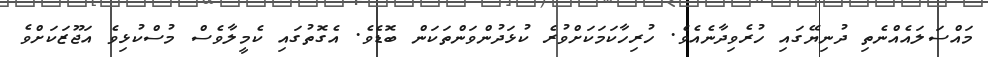
މައްސަލައެއްނެތި ދުނިޔޭގައި ހުރެވިދާނެއެވެ. ހުރިހާކަމަކަށްވުރެ ކުޅަދުންވަންތަކަން ބޮޑެވެ. އެގޮތުގައި ކެމީލާވެސް މުސްކުޅިވެ އަޖޫޒަކަށްވެ